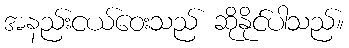
အနည်းငယ်ဝေးသည် ဆိုနိုင်ပါသည်။